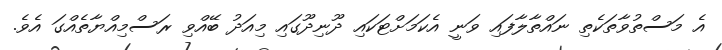
އެ މަސްތުވާތަކެތި ނައްތާލާފައި ވަނީ އެކަމަށްޓަކައި ދޫނިދޫގައި މިއަދު ބޭއްވި ރަސްމިއްޔާތެއްގަ އެވެ.